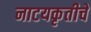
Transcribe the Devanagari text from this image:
नाटयकृतीचे